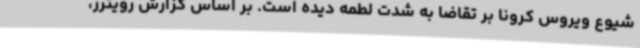
شیوع ویروس کرونا بر تقاضا به شدت لطمه دیده است. بر اساس گزارش رویترز،